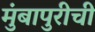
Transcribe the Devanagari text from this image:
मुंबापुरीची